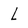
Character: l